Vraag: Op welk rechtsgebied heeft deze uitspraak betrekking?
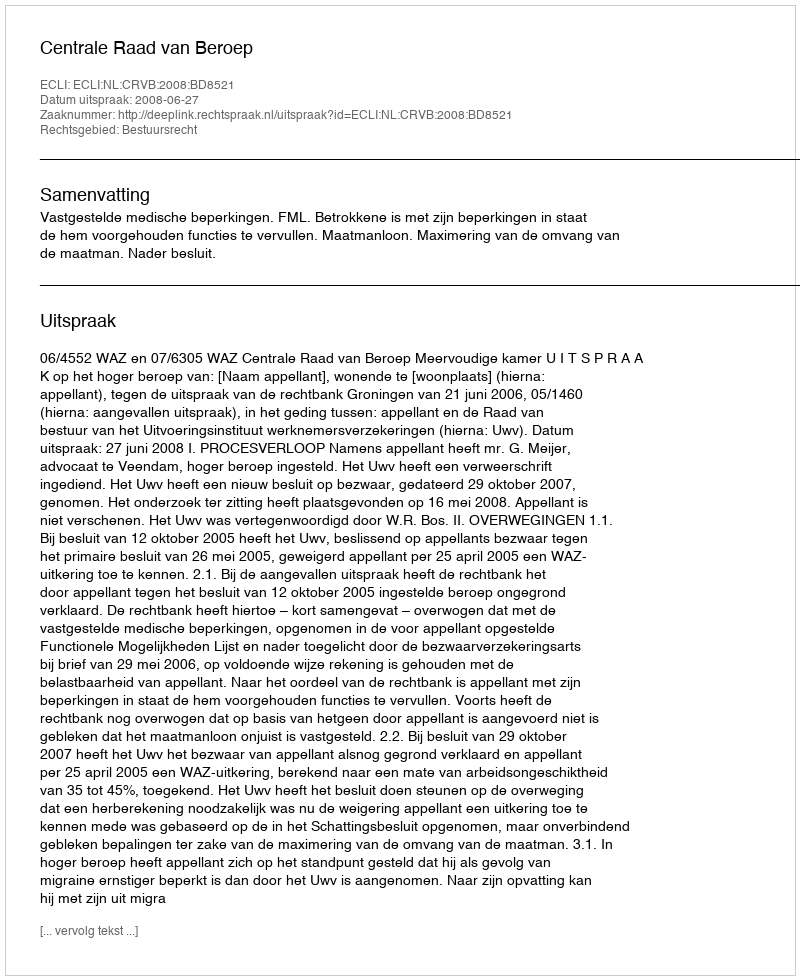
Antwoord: Bestuursrecht